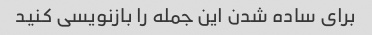
برای ساده شدن این جمله را بازنویسی کنید